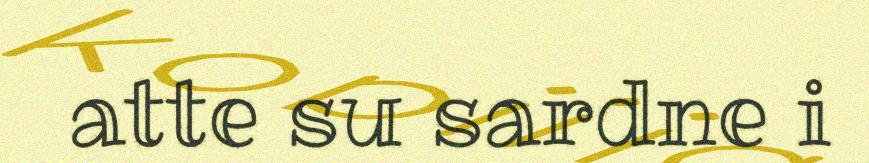
atte su sardne i